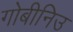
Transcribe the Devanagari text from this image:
गोबीनिउ